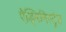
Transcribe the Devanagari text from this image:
ऐड्मिनिस्ट्रेश